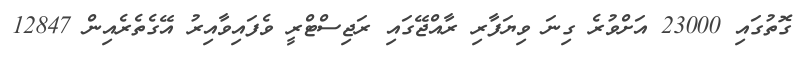
ގޮތުގައި 23000 އަށްވުރެ ގިނަ ވިޔަފާރި ރާއްޖޭގައި ރަޖިސްޓްރީ ވެފައިވާއިރު އޭގެެތެރެއިން 12847